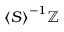
{ \langle S \rangle } ^ { - 1 } \mathbb { Z }